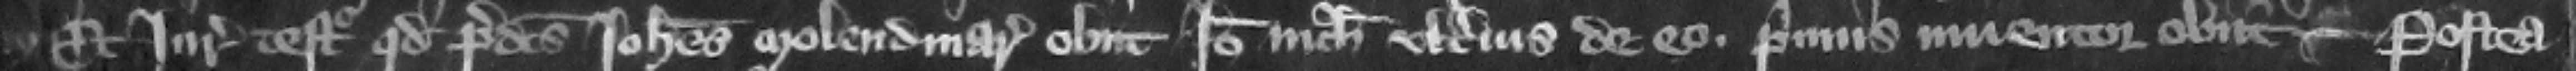
Et iuratatores testantur quod predictus Iohannes molendinarius obiit Ideo nichil ulterius de eo. Primum inuentor obiit -- Postea